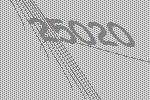
25020